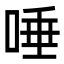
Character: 唾